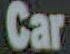
Car